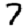
Digit: 7